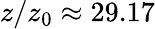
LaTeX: z/z_{0}\approx 29.17